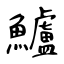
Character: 鱸